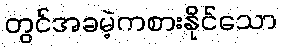
တွင်အခမဲ့ကစားနိုင်သော